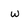
Character: w